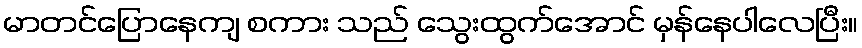
မာတင်ပြောနေကျ စကား သည် သွေးထွက်အောင် မှန်နေပါလေပြီး။